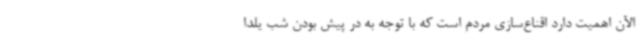
الآن اهمیت دارد اقناع‌سازی مردم است که با توجه به در پیش بودن شب یلدا